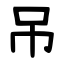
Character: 吊